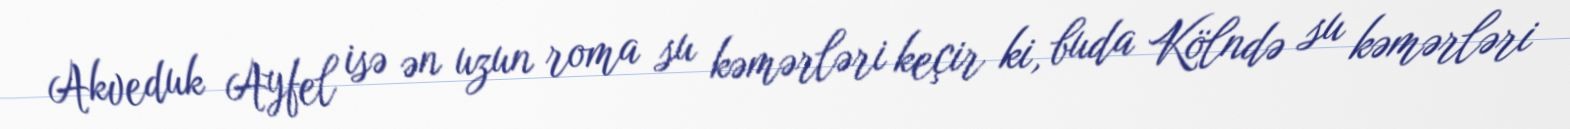
Akveduk Ayfel isə ən uzun roma su kəmərləri keçir ki, buda Kölndə su kəmərləri